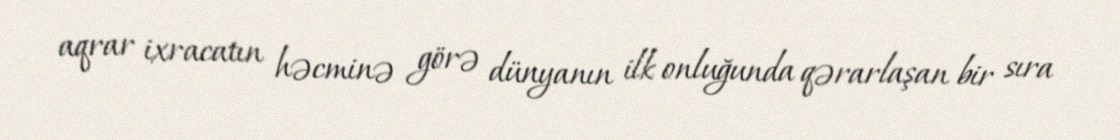
aqrar ixracatın həcminə görə dünyanın ilk onluğunda qərarlaşan bir sıra